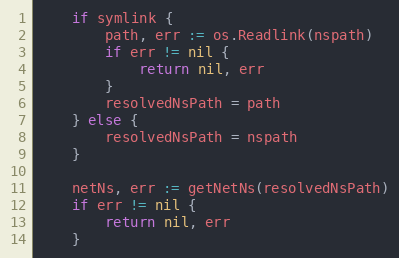
Language: Go
	if symlink {
		path, err := os.Readlink(nspath)
		if err != nil {
			return nil, err
		}
		resolvedNsPath = path
	} else {
		resolvedNsPath = nspath
	}

	netNs, err := getNetNs(resolvedNsPath)
	if err != nil {
		return nil, err
	}